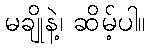
မချိုနဲ့၊ ဆိမ့်ပါ။